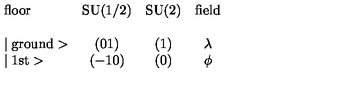
\begin{array} { l c c c } { \mathrm { f l o o r } } & { \mathrm { S U ( 1 / 2 ) } } & { \mathrm { S U ( 2 ) } } & { \mathrm { f i e l d } } \\ {   } \\ { \mid \mathrm { g r o u n d } > } & { ( 0 1 ) } & { ( 1 ) } & { \lambda } \\ { \mid \mathrm { 1 s t } > } & { ( - 1 0 ) } & { ( 0 ) } & { \phi } \\ \end{array}